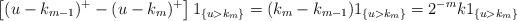
LaTeX: \begin{align*}\left[(u-k_{m-1})^+-(u-k_m)^+\right]1_{\{u>k_m\}}=(k_m-k_{m-1})1_{\{u>k_m\}}=2^{-m}k1_{\{u>k_m\}}\end{align*}